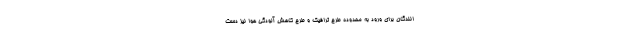
انندگان برای ورود به محدوده طرح ترافیک و طرح کاهش آلودگی هوا نیز دست